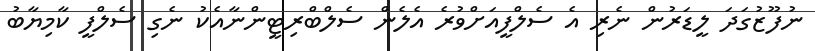
ނުފޫޒުގަދަ ލީޑަރުން ނެރި އެ ސެލްފީއަށްވުރެ އެލެން ސެލްބްރިޓީންނާއެކު ނެގި ސެލްފީ ކާމިޔާބު